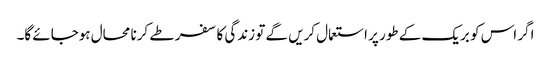
اگر اس کو بریک کے طور پر استعمال کریں گے تو زندگی کا سفر طے کرنا محال ہوجائے گا۔